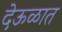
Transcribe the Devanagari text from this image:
देऊळात